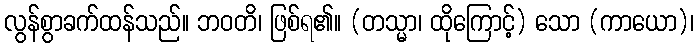
လွန်စွာခက်ထန်သည်။ ဘဝတိ၊ ဖြစ်ရ၏။ (တသ္မာ၊ ထိုကြောင့်) သော (ကာယော)၊